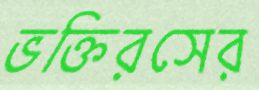
ভক্তিরসের